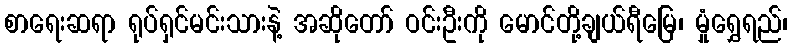
စာရေးဆရာ ရုပ်ရှင်မင်းသားနဲ့ အဆိုတော် ဝင်းဦးကို မောင်တို့ချယ်ရီမြေ၊ မှုံရွှေရည်၊